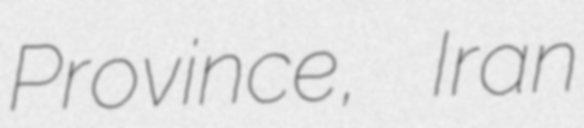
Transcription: Province, Iran